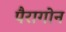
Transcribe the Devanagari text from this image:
पैरागोन